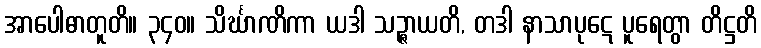
အာပေါဓာတူတိ။ ၃၄၀။ သိင်္ဃာဏိကာ ယဒါ သဉ္ဇာယတိ, တဒါ နာသာပုဋေ ပူရေတွာ တိဋ္ဌတိ